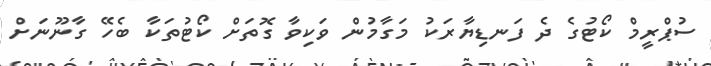
ސުޕްރީމް ކޯޓުގެ ދެ ފަނޑިޔާރަކު މަގާމުން ވަކިވާ ގޮތަށް ކޯޓުތަކާ ބެހޭ ގާނޫނަށް